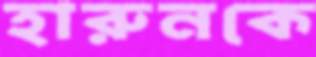
হারুনকে